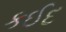
કઈદ